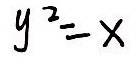
y ^ { 2 } = x